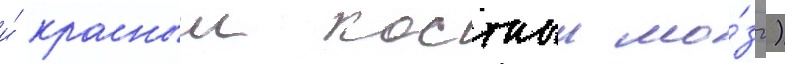
и́ красныи костныи мо́зг)